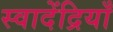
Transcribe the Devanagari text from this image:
स्वादेंद्रियाँ